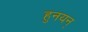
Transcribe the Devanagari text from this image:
हुनयन्